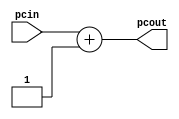
module incrementer(
	output wire [31:0] pcout,
	input  wire [31:0] pcin
    );
		
	assign pcout = pcin + 1;

endmodule